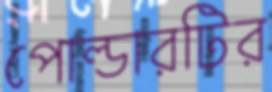
পোল্ডারটির